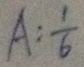
A : \frac { 1 } { 6 }